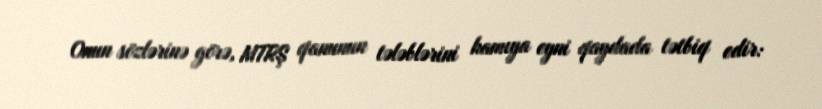
Onun sözlərinə görə, MTRŞ qanunun tələblərini hamıya eyni qaydada tətbiq edir: